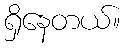
ရှိနေတယ်။